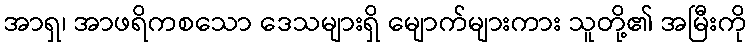
အာရှ၊ အာဖရိကစသော ဒေသများရှိ မျောက်များကား သူတို့၏ အမြီးကို